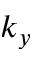
k _ { y }